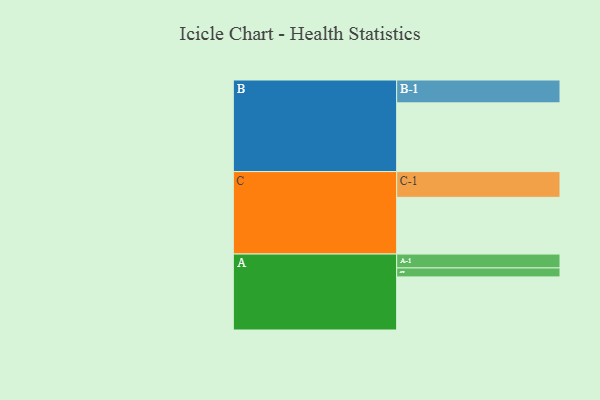
{"axis": {"x": "Segment", "y": "Value"}, "legend": ["", "A", "B", "C"], "data": [{"x": "A", "y": 455, "type": ""}, {"x": "B", "y": 589, "type": ""}, {"x": "C", "y": 486, "type": ""}, {"x": "A-1", "y": 119, "type": "A"}, {"x": "A-2", "y": 77, "type": "A"}, {"x": "B-1", "y": 196, "type": "B"}, {"x": "C-1", "y": 221, "type": "C"}]}